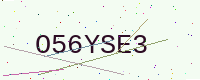
Text: O56YSE3